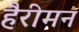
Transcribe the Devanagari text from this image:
हैरीमन